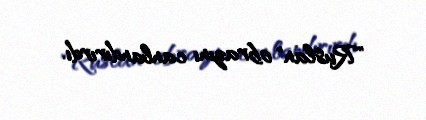
"Ruslan" obrazını canlandırırdı.